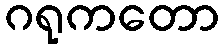
ဂရုကတော